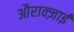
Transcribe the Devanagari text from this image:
औराक्ज़ाई